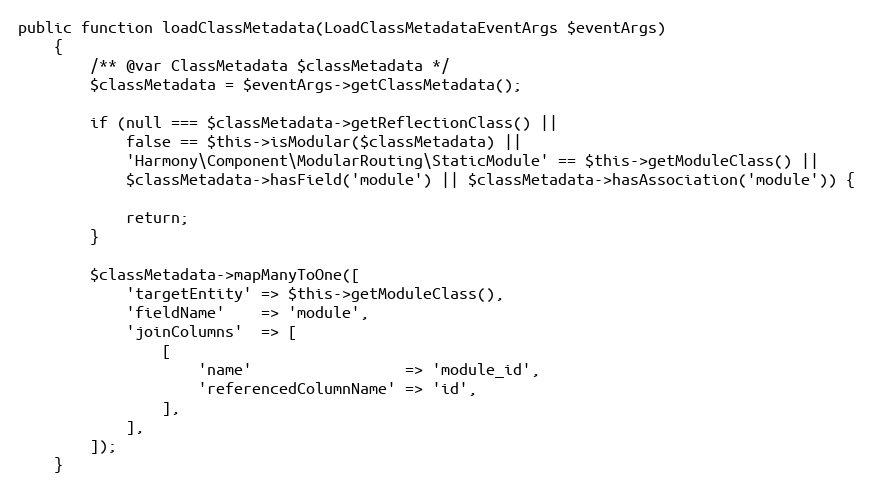
Language: PHP
public function loadClassMetadata(LoadClassMetadataEventArgs $eventArgs)
    {
        /** @var ClassMetadata $classMetadata */
        $classMetadata = $eventArgs->getClassMetadata();

        if (null === $classMetadata->getReflectionClass() ||
            false == $this->isModular($classMetadata) ||
            'Harmony\Component\ModularRouting\StaticModule' == $this->getModuleClass() ||
            $classMetadata->hasField('module') || $classMetadata->hasAssociation('module')) {

            return;
        }

        $classMetadata->mapManyToOne([
            'targetEntity' => $this->getModuleClass(),
            'fieldName'    => 'module',
            'joinColumns'  => [
                [
                    'name'                 => 'module_id',
                    'referencedColumnName' => 'id',
                ],
            ],
        ]);
    }